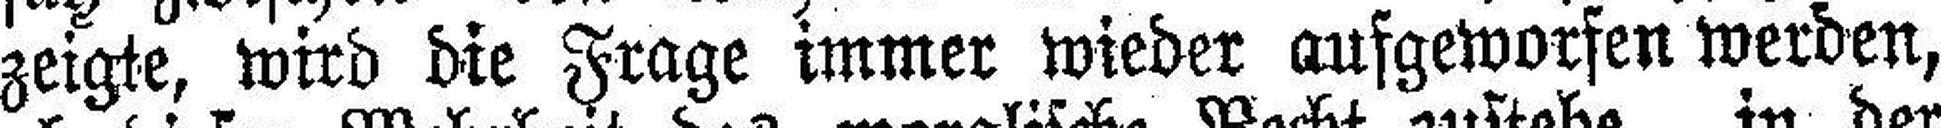
zeigte, wird die Frage immer wieder aufgeworfen werden,